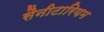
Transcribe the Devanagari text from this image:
सैनीटारियम